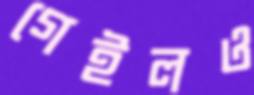
গেইলও